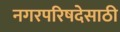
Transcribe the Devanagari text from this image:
नगरपरिषदेसाठी